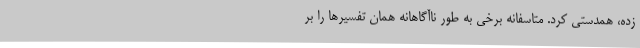
زده، همدستی کرد. متاسفانه برخی به طور ناآگاهانه همان تفسیرها را بر